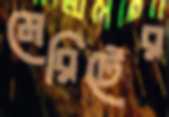
মেরিটের